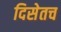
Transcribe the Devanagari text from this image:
दिसेतच